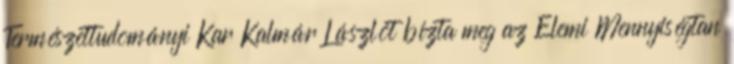
Természettudományi Kar Kalmár Lászlót bízta meg az Elemi Mennyiségtan